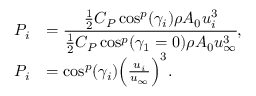
\begin{array} { r l } { P _ { i } } & { = \cfrac { \frac { 1 } { 2 } C _ { P } \cos ^ { p } ( \gamma _ { i } ) \rho A _ { 0 } u _ { i } ^ { 3 } } { \frac { 1 } { 2 } C _ { P } \cos ^ { p } ( \gamma _ { 1 } = 0 ) \rho A _ { 0 } u _ { \infty } ^ { 3 } } , } \\ { P _ { i } } & { = \cos ^ { p } ( \gamma _ { i } ) \Big ( \frac { u _ { i } } { u _ { \infty } } \Big ) ^ { 3 } . } \end{array}